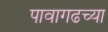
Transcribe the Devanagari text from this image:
पावागढच्या